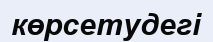
көрсетудегі